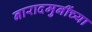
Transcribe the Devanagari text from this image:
नारादमुनींच्या